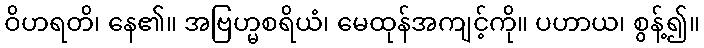
ဝိဟရတိ၊ နေ၏။ အဗြဟ္မစရိယံ၊ မေထုန်အကျင့်ကို။ ပဟာယ၊ စွန့်၍။